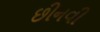
છીનવી